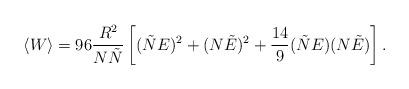
LaTeX: \begin{align*}\langle W\rangle = 96 \frac{R^2}{N \tilde{N}} \left[(\tilde{N} E)^2 + (N\tilde{E})^2 + \frac{14}{9} (\tilde{N} E) (N\tilde{E}) \right].\end{align*}